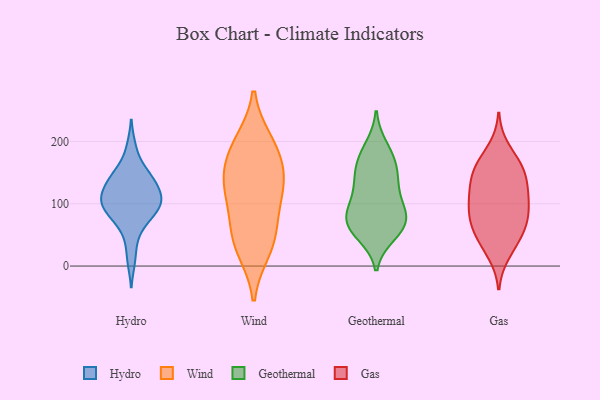
{"axis": {"x": "Temperature (°C)", "y": "Value"}, "legend": ["Gas", "Geothermal", "Hydro", "Wind"], "data": [{"x": "", "y": 134, "type": "Hydro"}, {"x": "", "y": 47, "type": "Hydro"}, {"x": "", "y": 100, "type": "Hydro"}, {"x": "", "y": 84, "type": "Hydro"}, {"x": "", "y": 109, "type": "Hydro"}, {"x": "", "y": 10, "type": "Hydro"}, {"x": "", "y": 108, "type": "Hydro"}, {"x": "", "y": 104, "type": "Hydro"}, {"x": "", "y": 191, "type": "Hydro"}, {"x": "", "y": 91, "type": "Hydro"}, {"x": "", "y": 108, "type": "Hydro"}, {"x": "", "y": 72, "type": "Hydro"}, {"x": "", "y": 152, "type": "Hydro"}, {"x": "", "y": 153, "type": "Hydro"}, {"x": "", "y": 82, "type": "Hydro"}, {"x": "", "y": 143, "type": "Hydro"}, {"x": "", "y": 123, "type": "Hydro"}, {"x": "", "y": 129, "type": "Hydro"}, {"x": "", "y": 135, "type": "Wind"}, {"x": "", "y": 168, "type": "Wind"}, {"x": "", "y": 52, "type": "Wind"}, {"x": "", "y": 97, "type": "Wind"}, {"x": "", "y": 192, "type": "Wind"}, {"x": "", "y": 119, "type": "Wind"}, {"x": "", "y": 42, "type": "Wind"}, {"x": "", "y": 140, "type": "Wind"}, {"x": "", "y": 198, "type": "Wind"}, {"x": "", "y": 27, "type": "Wind"}, {"x": "", "y": 145, "type": "Geothermal"}, {"x": "", "y": 104, "type": "Geothermal"}, {"x": "", "y": 136, "type": "Geothermal"}, {"x": "", "y": 76, "type": "Geothermal"}, {"x": "", "y": 66, "type": "Geothermal"}, {"x": "", "y": 144, "type": "Geothermal"}, {"x": "", "y": 191, "type": "Geothermal"}, {"x": "", "y": 69, "type": "Geothermal"}, {"x": "", "y": 56, "type": "Geothermal"}, {"x": "", "y": 51, "type": "Geothermal"}, {"x": "", "y": 170, "type": "Geothermal"}, {"x": "", "y": 73, "type": "Geothermal"}, {"x": "", "y": 175, "type": "Geothermal"}, {"x": "", "y": 87, "type": "Geothermal"}, {"x": "", "y": 107, "type": "Geothermal"}, {"x": "", "y": 71, "type": "Gas"}, {"x": "", "y": 61, "type": "Gas"}, {"x": "", "y": 32, "type": "Gas"}, {"x": "", "y": 143, "type": "Gas"}, {"x": "", "y": 124, "type": "Gas"}, {"x": "", "y": 155, "type": "Gas"}, {"x": "", "y": 148, "type": "Gas"}, {"x": "", "y": 99, "type": "Gas"}, {"x": "", "y": 120, "type": "Gas"}, {"x": "", "y": 20, "type": "Gas"}, {"x": "", "y": 112, "type": "Gas"}, {"x": "", "y": 164, "type": "Gas"}, {"x": "", "y": 45, "type": "Gas"}, {"x": "", "y": 91, "type": "Gas"}, {"x": "", "y": 162, "type": "Gas"}, {"x": "", "y": 65, "type": "Gas"}, {"x": "", "y": 99, "type": "Gas"}, {"x": "", "y": 71, "type": "Gas"}, {"x": "", "y": 189, "type": "Gas"}]}